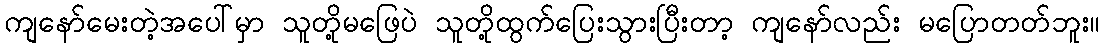
ကျနော်မေးတဲ့အပေါ်မှာ သူတို့မဖြေပဲ သူတို့ထွက်ပြေးသွားပြီးတာ့ ကျနော်လည်း မပြောတတ်ဘူး။